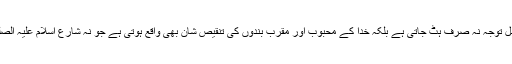
ان کی اس جاہلانہ روش سے قرآنی احکام کے بیان کی طرف سے اصل توجہ نہ صرف ہٹ جاتی ہے بلکہ خدا کے محبوب اور مقرب بندوں کی تنقیصِ شان بھی واقع ہوتی ہے جو نہ شارعِ اسلام علیہ الصلوٰۃ والسلام کا منشا ہے اور نہ خود ذاتِ باری تعالیٰ کا منشا و مقصود۔